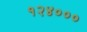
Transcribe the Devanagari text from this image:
१२४०००